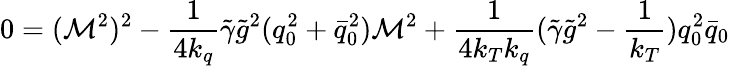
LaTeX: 0=({\cal M}^{2})^{2}-\frac 1{4k_{q}}\tilde{\gamma}\tilde{g}^{2}(q_{0}^{2}+\bar{q}_{0}^{2}){\cal M}^{2}+\frac 1{4k_{T}k_{q}}(\tilde{\gamma}\tilde{g}^{2}-\frac 1{k_{T}})q_{0}^{2}\bar{q}_{0}